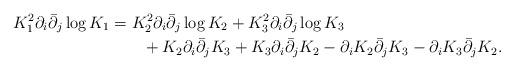
LaTeX: \begin{align*}K_1^2 \partial_i\bar{\partial}_j \log K_1 &= K_2^2 \partial_i\bar{\partial}_j \log K_2 + K_3^2 \partial_i\bar{\partial}_j \log K_3 \\&\quad\quad+ K_2\partial_i\bar{\partial}_jK_3 + K_3\partial_i\bar{\partial}_jK_2 -\partial_iK_2\bar{\partial}_jK_3 - \partial_iK_3\bar{\partial}_jK_2.\end{align*}